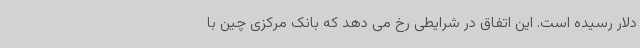
دلار رسیده است. این اتفاق در شرایطی رخ می دهد که بانک مرکزی چین با